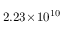
2 . 2 3 \! \times \! 1 0 ^ { 1 0 }